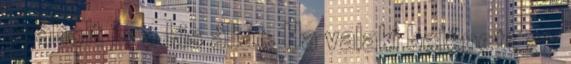
csaholt is a kis állat. Ha valaki belépett az